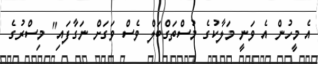
އެ މީހުން އެ ވަނީ މަލާކުގެ މުސްތަގްބަލް ވެސް ވަގަށް ނަގާފައި" މިސްރުގެ